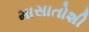
માસાતોશી